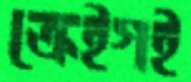
ক্রেইগই